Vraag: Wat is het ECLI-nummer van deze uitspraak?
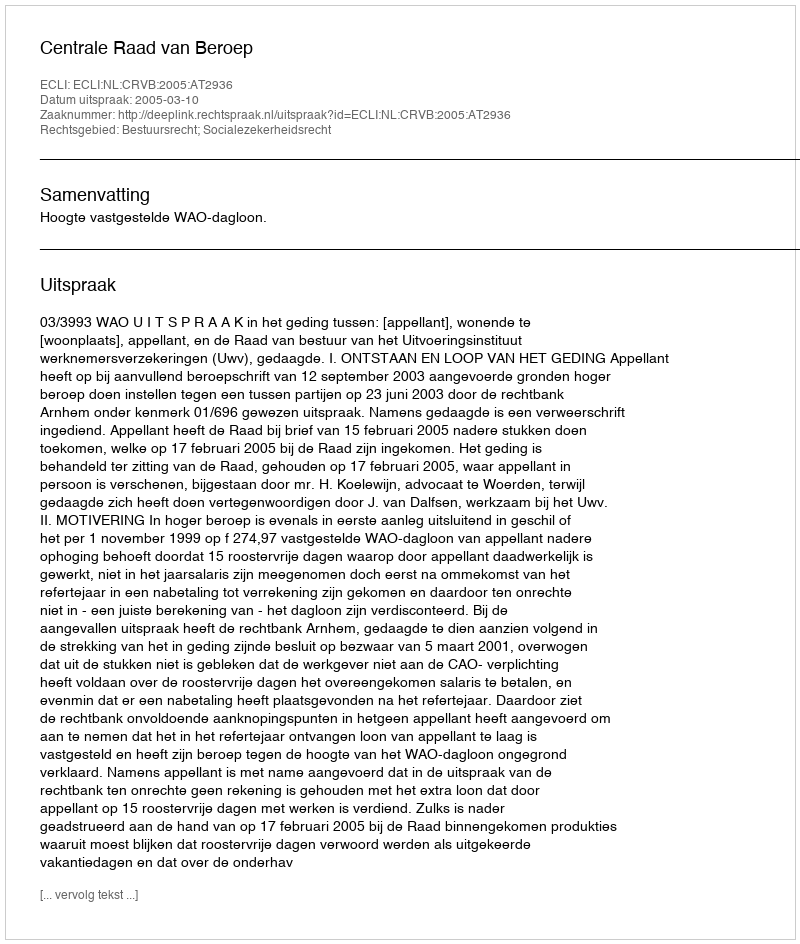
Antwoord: ECLI:NL:CRVB:2005:AT2936